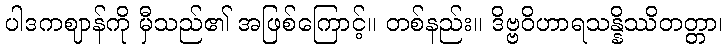
ပါဒကဈာန်ကို မှီသည်၏ အဖြစ်ကြောင့်။ တစ်နည်း။ ဒိဗ္ဗဝိဟာရသန္နိဿိတတ္တာ၊